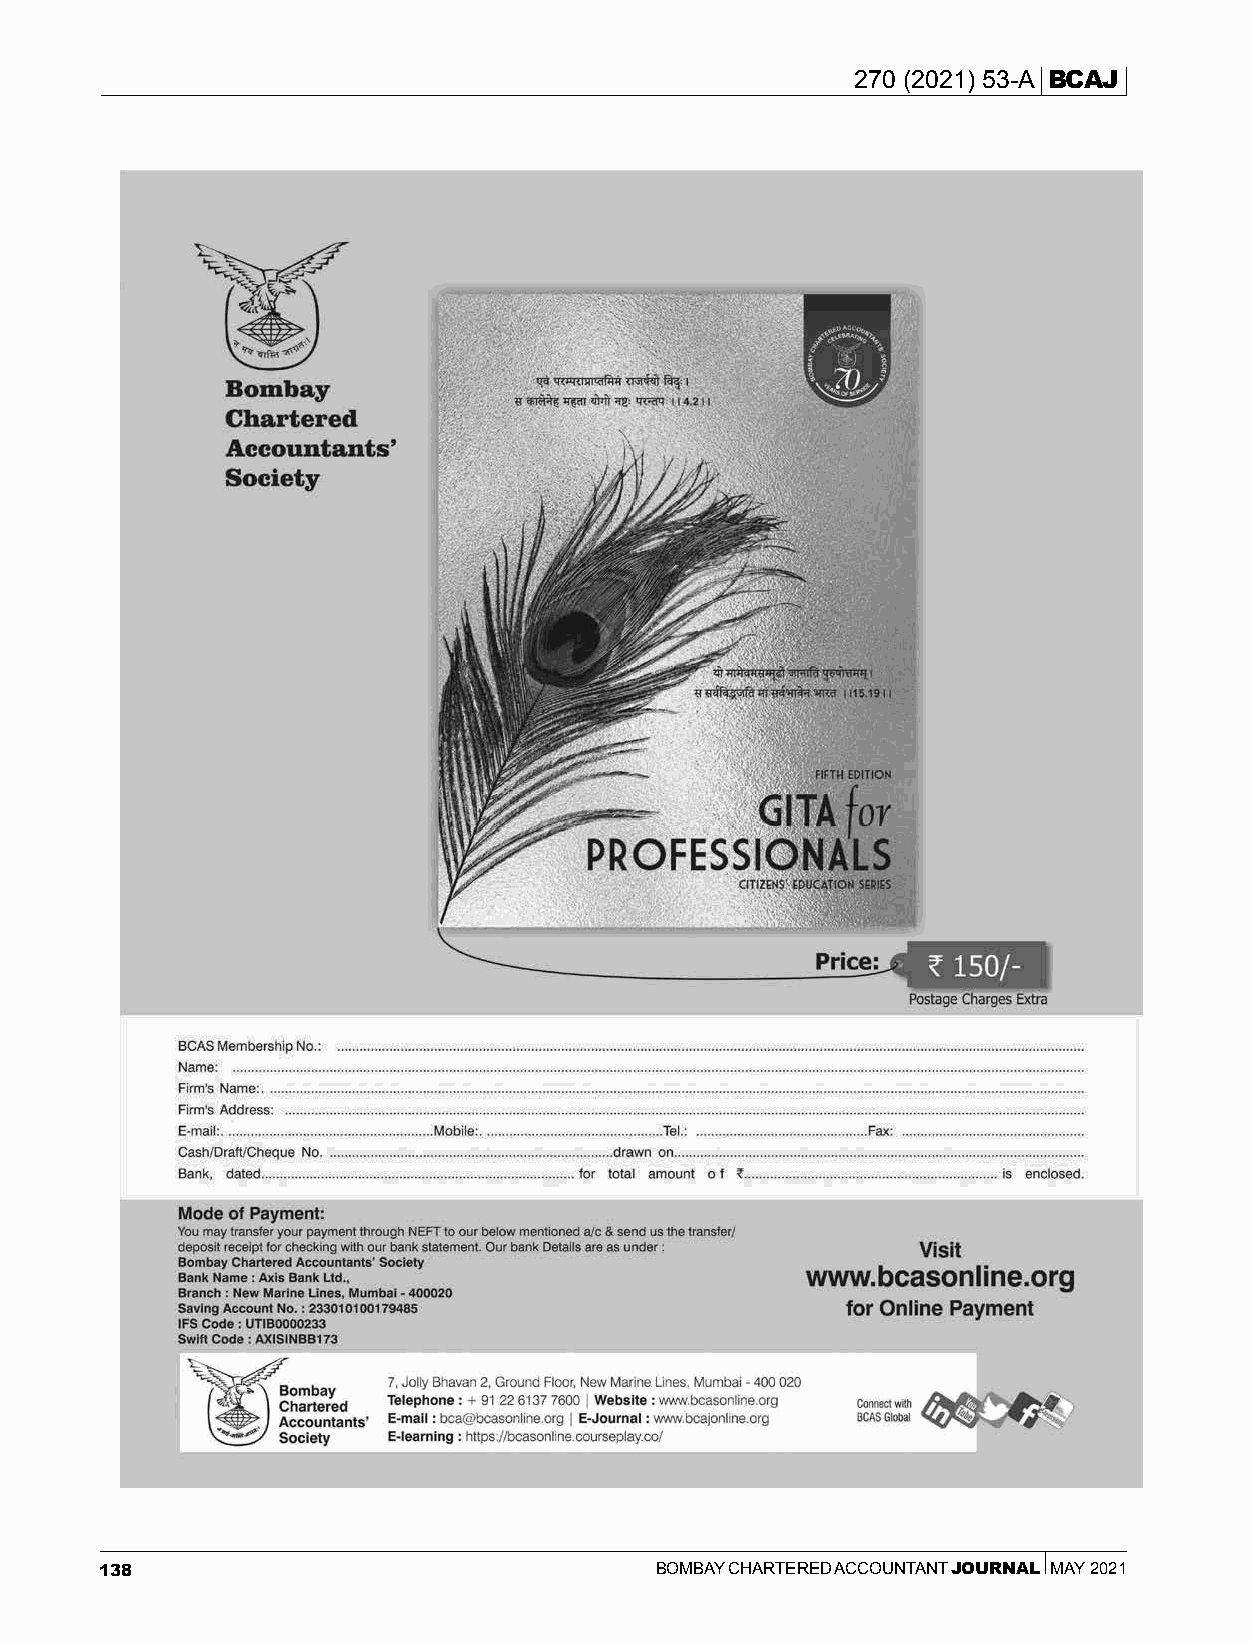
270 (2021) 53-A BCAJ
 138                                 BOMBAY CHARTERED ACCOUNTANT JOURNAL MAY 2021